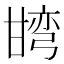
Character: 𭺯